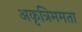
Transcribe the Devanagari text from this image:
अकृत्रिममता